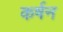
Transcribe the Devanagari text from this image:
कर्षन